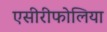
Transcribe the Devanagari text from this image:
एसीरीफोलिया